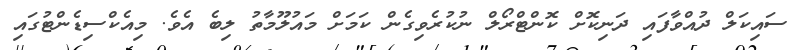
ސައިކަލް ދުއްވާފައި ދަނިކޮށް ކޮންޓްރޯލް ނުކުރެވިގެން ކަމަށް މައުލޫމާތު ލިބެ އެވެ. މިއެކްސިޑެންޓުގައި